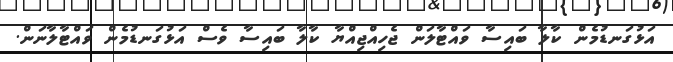
އަޅުގަނޑުމެން ކާލާ ބައިސާ ވައްޓާލަން ޖެހިއްޖިއްޔާ ކާލާ ބައިސާ ވެސް އަޅުގަނޑުމެން ވައްޓާލާނަން.